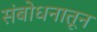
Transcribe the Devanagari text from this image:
संबोधनातून